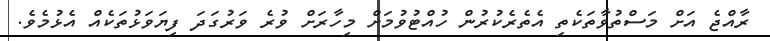
ރާއްޖެ އަށް މަސްތުވާތަކެތި އެތެރެކުރުން ހުއްޓުވުމަށް މިހާރަށް ވުރެ ވަރުގަދަ ފިޔަވަޅުތަކެއް އެޅުމެވެ.